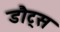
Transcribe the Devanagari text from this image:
डौट्स